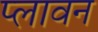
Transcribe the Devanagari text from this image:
प्‍लावन